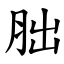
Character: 胐